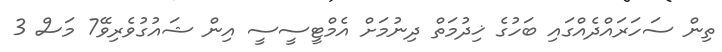
ތިން ސަހަރައްދެއްގައި ބަހުގެ ޚިދުމަތް ދިނުމަށް އެމްޓީސީސީ އިން ޝައުގުވެރިވޭ7 މަސް 3